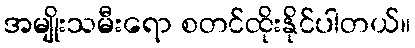
အမျိုးသမီးရော စတင်ထိုးနိုင်ပါတယ်။